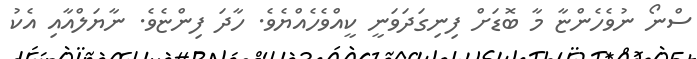
ސްނޯ ނުވެހެންޏާ މާ ބޮޑަށް ފިނިގަދަވަނީ ކީއްވެހެއްޔެވެ. ހާދަ ފިންޏެވެ. ނާޔަލްއާއި އެކު